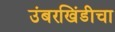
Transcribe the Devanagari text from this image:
उंबरखिंडीचा